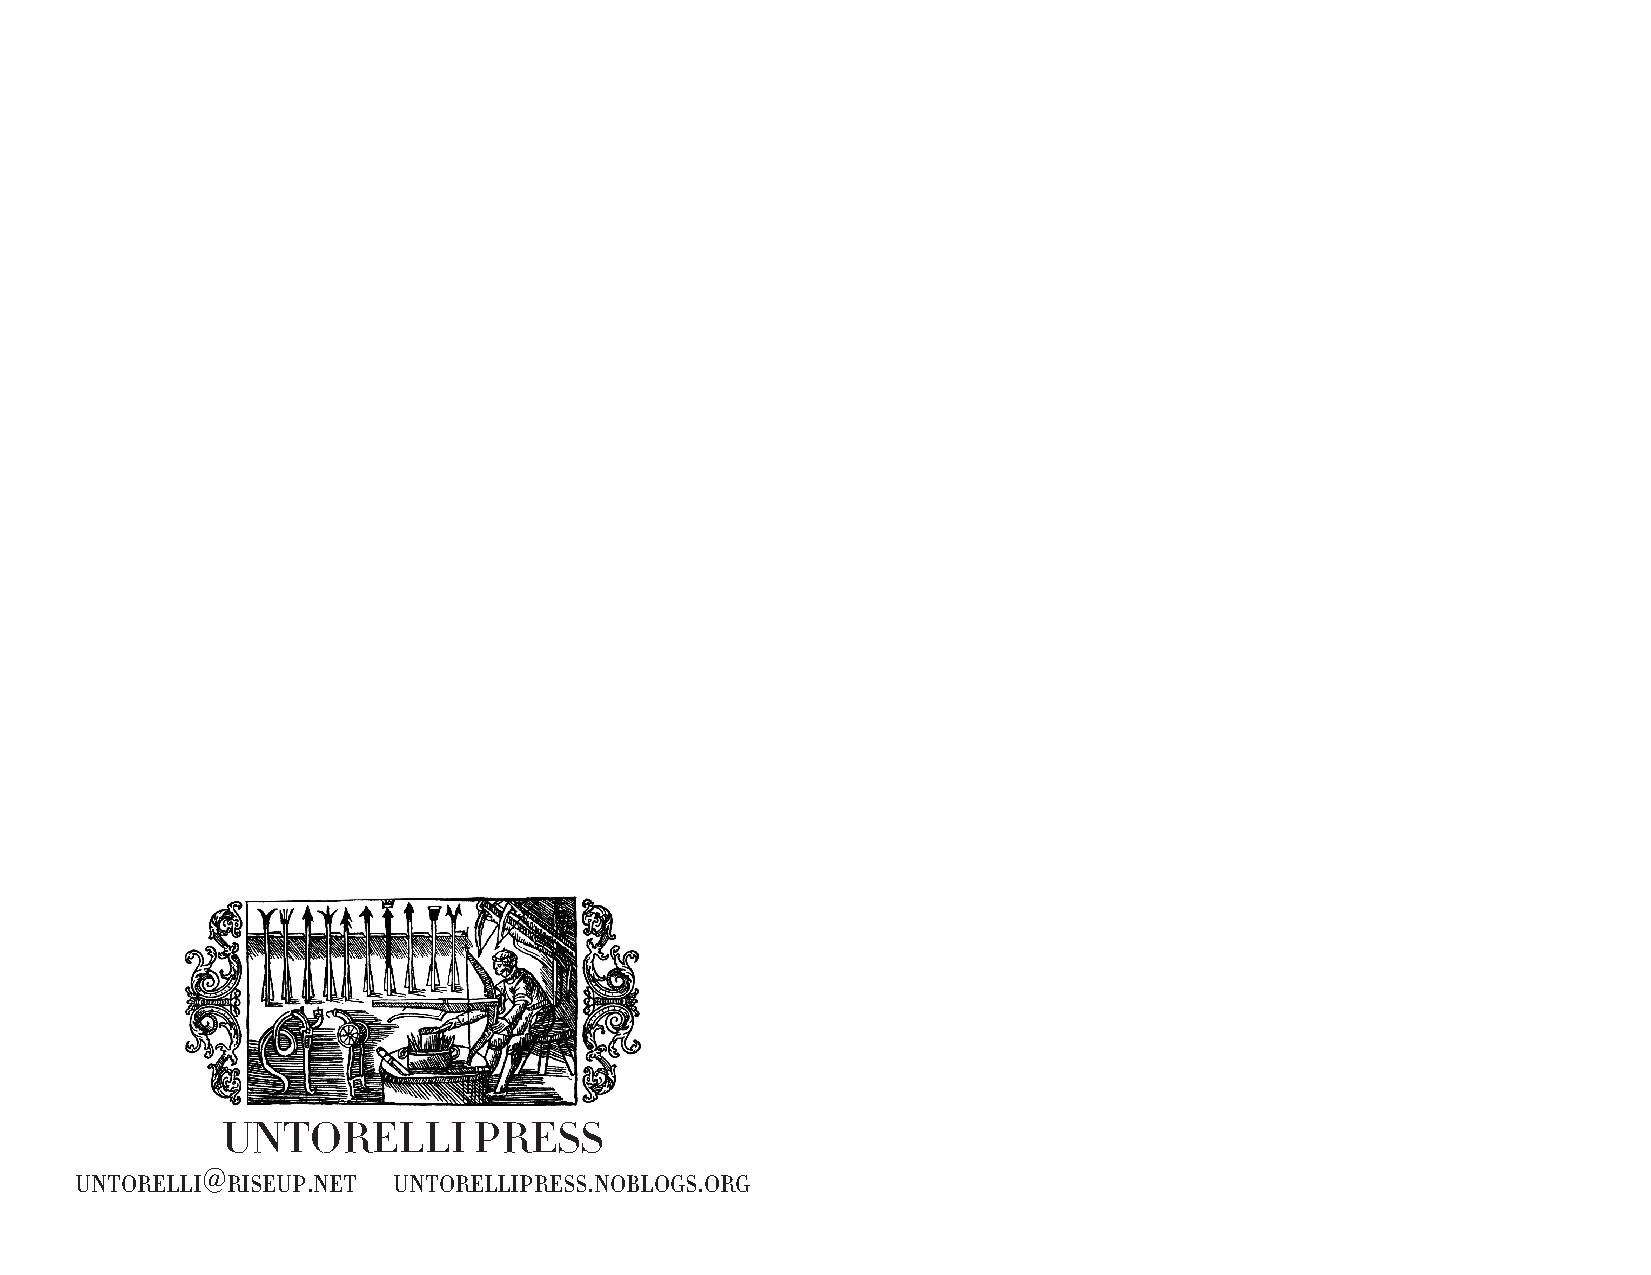
UNTORELLI       PRESS
 @      .                  .      .
 untorelli riseup net untorellipress noblogs org